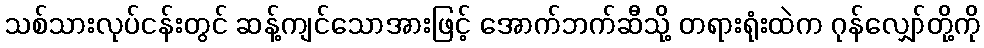
သစ်သားလုပ်ငန်းတွင် ဆန့်ကျင်သောအားဖြင့် အောက်ဘက်ဆီသို့ တရားရုံးထဲက ဂုန်လျှော်တို့ကို